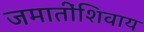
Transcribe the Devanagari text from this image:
जमातींशिवाय